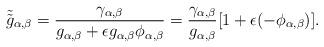
LaTeX: \begin{align*}\tilde{\tilde {g}}_{\alpha, \beta}=\frac{\gamma_{\alpha, \beta}}{g_{\alpha, \beta}+\epsilon g_{\alpha, \beta} \phi_{\alpha, \beta}}=\frac{\gamma_{\alpha, \beta}}{g_{\alpha, \beta}}[1+\epsilon(-\phi_{\alpha, \beta})].\end{align*}